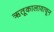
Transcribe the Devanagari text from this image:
ऋतूकालावाचून